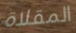
المقلاة